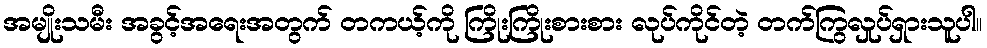
အမျိုးသမီး အခွင့်အရေးအတွက် တကယ့်ကို ကြိုးကြိုးစားစား လုပ်ကိုင်တဲ့ တက်ကြွလှုပ်ရှားသူပါ။